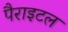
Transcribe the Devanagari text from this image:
पैराइटल